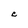
Character: C